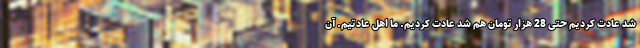
شد عادت کردیم حتی 28 هزار تومان هم شد عادت کردیم. ما اهل عادتیم. آن